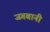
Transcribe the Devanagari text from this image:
जगबानी